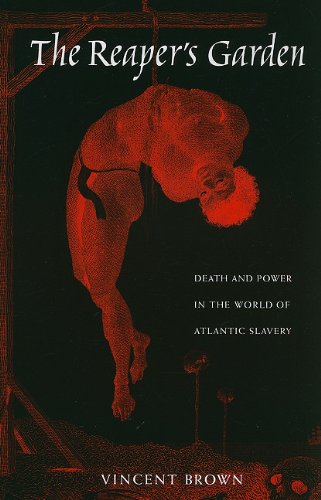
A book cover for The Reaper's Garden: Death and Power in the World of Atlantic Slavery; Vincent Brown; History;